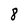
Character: 8